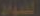
المواد